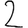
Digit: 2